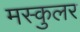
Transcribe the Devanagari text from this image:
मस्कुलर